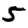
Digit: 5